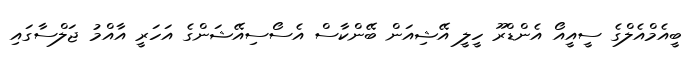
ބީއެމްއެލްގެ ސީއީއޯ އެންޑްރޫ ހީލީ އޭޝިއަން ބޭންކާސް އެސޯސިއޭޝަންގެ އަހަރީ އާއްމު ޖަލްސާގައި